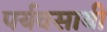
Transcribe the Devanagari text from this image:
पर्यवसायी